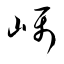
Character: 嵎